Medical and sanitary report on the native army of Bombay for the year
Year: 1879
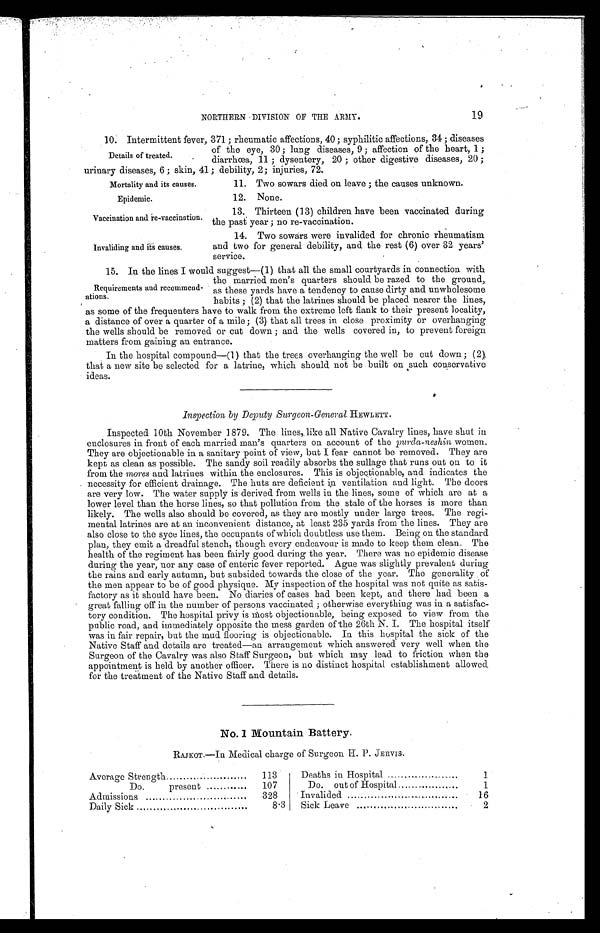
Mortality and its causes.
Epidemic.
Vaccination and re-vaccination.
Invaliding and its causes.
19
NORTHERN DIVISION OF THE ARMY.
10. Intermittent fever, 371; rheumatic affections, 40; syphilitic affections, 34; diseases
of the eye, 30; lung diseases, 9; affection of the heart, 1;
diarrhœa, 11; dysentery, 20; other digestive diseases, 20;
urinary diseases, 6; skin, 41; debility, 2; injuries, 72.
Details of treated.
11. Two sowars died on leave; the causes unknown.
12. None.
13. Thirteen (13) children have been vaccinated during
the past year; no re-vaccination.
14. Two sowars were invalided for chronic rheumatism
and two for general debility, and the rest (6) over 32 years
' service.
15. In the lines I would suggest—(1). that all the small courtyards in connection with
the married men's quarters should be razed to the ground,
as these yards have a tendency to cause dirty and unwholesome
habits; (2) that the latrines should be placed nearer the lines,
as some of the frequenters have to walk from the extreme left flank to their present locality,
a distance of over a quarter of a mile; (3) that all trees in close proximity or overhanging
the wells should be removed or cut down; and the wells covered in, to prevent foreign
matters from gaining an entrance.
In the hospital compound—(1) that the trees overhanging the well be cut down; (2)
that a new site be selected for a latrine, which should not be built on such conservative
ideas.
Inspection by Deputy Surgeon-General HEWLETT.
Inspected 10th November 1879. The lines, like all Native Cavalry lines, have shut in
enclosures in front of each married man's quarters on account of the purda-neshin women.
They are objectionable in a sanitary point of view, but I fear cannot be removed. They are
kept as clean as possible. The sandy soil readily absorbs the sullage that runs out on to it
from the mores and latrines within the enclosures. This is objectionable, and indicates the
necessity for efficient drainage. The huts are deficient in ventilation and light. The doors
are very low. The water supply is derived from wells in the lines, some of which are at a
lower level than the horse lines, so that pollution from the stale of the horses is more than
likely. The wells also should be covered, as they are mostly under large trees. The regi
- m e n t a l l a t r i n e s a r e a t a n i n c o n v e n i e n t d i s t a n c e , a t l e a s t 2 3 5 y a r d s f r o m t h e l i n e s . T h e y a r e
also close to the syce lines, the occupants of which doubtless use them. Being on the standard
plan, they emit a dreadful stench, though every endeavour is made to keep them clean. The
health of the regiment has been fairly good during the year. There was no epidemic disease
during the year, nor any case of enteric fever reported. Ague was slightly prevalent during
the rains and early autumn, but subsided towards the close of the year. The generality of
the men appear to be of good physique. My inspection of the hospital was not quite as satis
- f a c t o r y a s i t s h o u l d h a v e b e e n . N o d i a r i e s o f c a s e s h a d b e e n k e p t , a n d t h e r e h a d b e e n a
great falling off in the number of persons vaccinated; otherwise everything was in a satisfac
- t o r y c o n d i t i o n . T h e h o s p i t a l p r i v y i s m o s t o b j e c t i o n a b l e , b e i n g e x p o s e d t o v i e w f r o m t h e
public road, and immediately opposite the mess garden of the 26th N. I. The hospital itself
was in fair repair, but the mud flooring is objectionable. In this hospital the sick of the
Native Staff and details are treated—an arrangement which answered very well when the
Surgeon of the Cavalry was also Staff Surgeon, but which may lead to friction when the
appointment is held by another officer. There is no distinct hospital establishment allowed
for the treatment of the Native Staff and details.
No. 1 Mountain Battery.
RAJKOT.—In Medical charge of Surgeon H. P. JERVIS.
Average Strength . . .
113
Deaths in Hospital . . .
1
107
Do.
out of Hospital . . .
1
Do.
present . . .
328
Invalided . . .
16
Admissions . . .
8.3
Sick Leave . . .
2
Daily Sick . . .
Requirements and recommend
-ations.